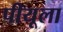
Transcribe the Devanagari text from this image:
पीयूला